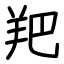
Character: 羓